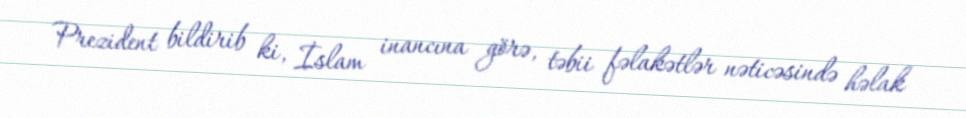
Prezident bildirib ki, İslam inancına görə, təbii fəlakətlər nəticəsində həlak